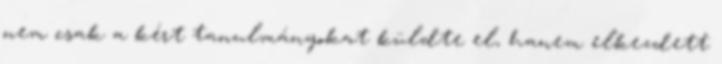
nem csak a kért tanulmányokat küldte el, hanem elkezdett